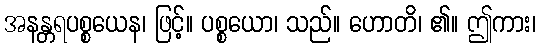
အနန္တရပစ္စယေန၊ ဖြင့်။ ပစ္စယော၊ သည်။ ဟောတိ၊ ၏။ ဤကား၊